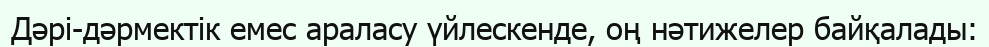
Дәрі-дәрмектік емес араласу үйлескенде, оң нәтижелер байқалады: